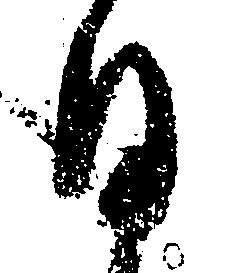
日